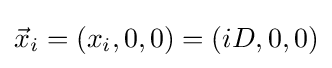
{\vec {x}}_{i}=(x_{i},0,0)=(iD,0,0)